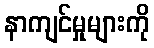
နာကျင်မှုများကို